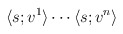
\begin{align*}\langle s;v^1\rangle\cdots\langle s;v^n\rangle\end{align*}